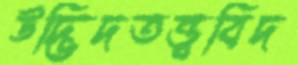
উদ্ভিদতত্ত্ববিদ